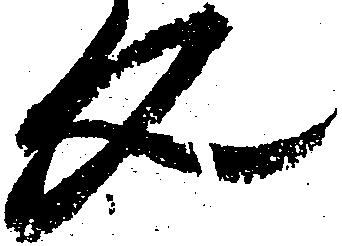
文